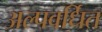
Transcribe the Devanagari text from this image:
अल्पवर्धित